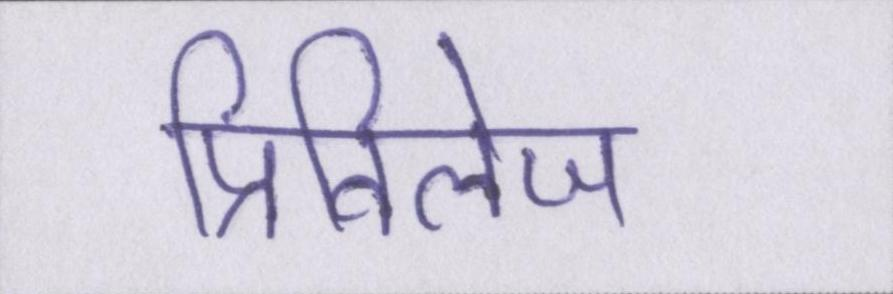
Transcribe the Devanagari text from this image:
प्रिविलेज